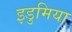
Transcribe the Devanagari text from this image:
इडुमिया